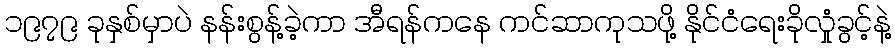
၁၉၇၉ ခုနှစ်မှာပဲ နန်းစွန့်ခဲ့ကာ အီရန်ကနေ ကင်ဆာကုသဖို့ နိုင်ငံရေးခိုလှုံခွင့်နဲ့